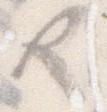
や